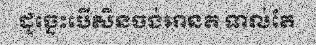
ដូច្នេះបើសិនចង់អានត ទាល់តែ